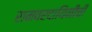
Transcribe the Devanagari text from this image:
रामवरदायिनीची